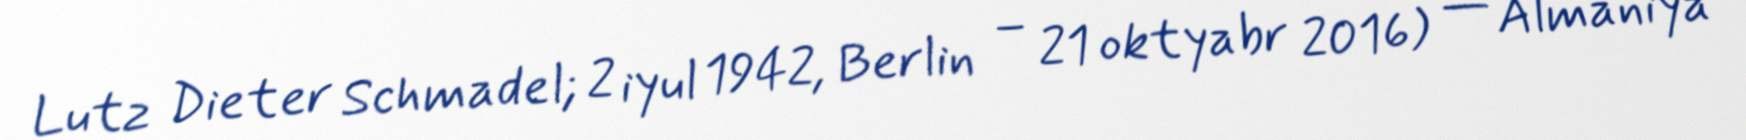
Lutz Dieter Schmadel; 2 iyul 1942, Berlin – 21 oktyabr 2016) — Almaniya